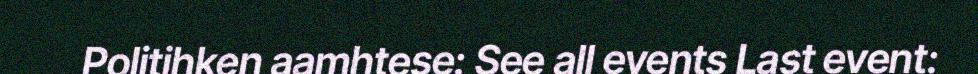
Politihken aamhtese: See all events Last event: